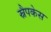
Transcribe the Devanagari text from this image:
स्नैपकेस